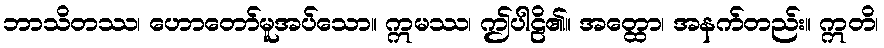
ဘာသိတဿ၊ ဟောတော်မူအပ်သော။ ဣမဿ၊ ဤပါဠိ၏။ အတ္ထော၊ အနက်တည်း။ ဣတိ၊